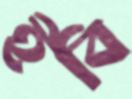
ইবি